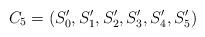
LaTeX: \begin{align*}C_5=(S'_0,S'_1,S'_2,S'_3,S'_4,S'_5)\end{align*}